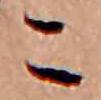
こ